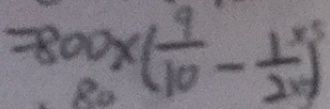
= 8 0 0 \times ( \frac { 9 } { 1 0 } - \frac { 1 } { 2 } )